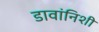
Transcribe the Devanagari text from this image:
डावांनिशी